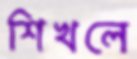
শিখলে